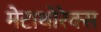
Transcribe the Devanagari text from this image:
मेटाथोरेक्स